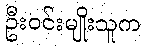
ဦးဝင်းမျိုးသူက